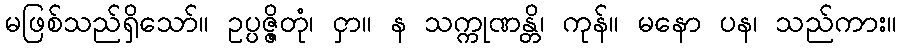
မဖြစ်သည်ရှိသော်။ ဥပ္ပဇ္ဇိတုံ၊ ငှာ။ န သက္ကုဏန္တိ၊ ကုန်။ မနော ပန၊ သည်ကား။